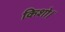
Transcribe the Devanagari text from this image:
किशो।